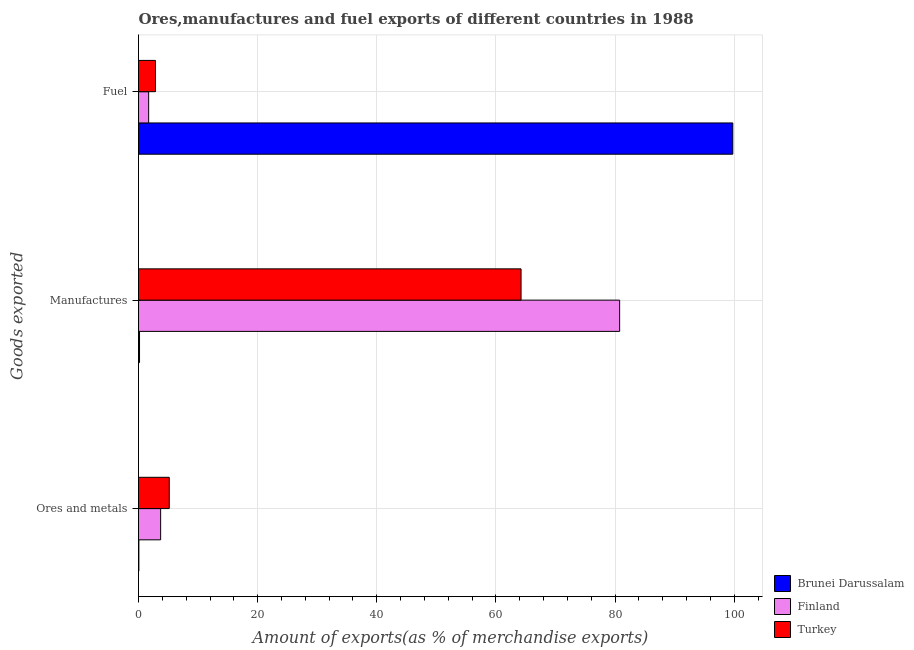
| Goods exported | Brunei Darussalam | Finland | Turkey |
 | --- | --- | --- | --- |
 | Ores and metals | 0.0612 | 3.72 | 5.16 |
 | Manufactures | 0.17 | 80.8 | 64.2 |
 | Fuel | 99.8 | 1.7 | 2.85 |